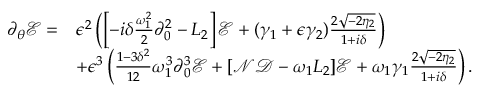
\begin{array} { r l } { \partial _ { \theta } \mathcal { E } = } & { \epsilon ^ { 2 } \left( \left[ - i \delta \frac { \omega _ { 1 } ^ { 2 } } { 2 } \partial _ { 0 } ^ { 2 } - L _ { 2 } \right] \mathcal { E } + ( \gamma _ { 1 } + \epsilon \gamma _ { 2 } ) \frac { 2 \sqrt { - 2 \eta _ { 2 } } } { 1 + i \delta } \right) } \\ & { + \epsilon ^ { 3 } \left( \frac { 1 - 3 \delta ^ { 2 } } { 1 2 } \omega _ { 1 } ^ { 3 } \partial _ { 0 } ^ { 3 } \mathcal { E } + [ \mathcal { N } \mathcal { D } - \omega _ { 1 } L _ { 2 } ] \mathcal { E } + \omega _ { 1 } \gamma _ { 1 } \frac { 2 \sqrt { - 2 \eta _ { 2 } } } { 1 + i \delta } \right) . } \end{array}